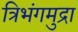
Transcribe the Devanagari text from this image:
त्रिभंगमुद्रा